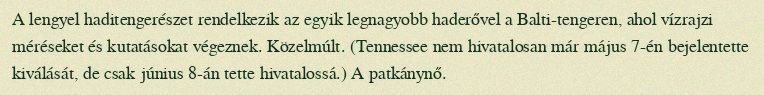
A lengyel haditengerészet rendelkezik az egyik legnagyobb haderővel a Balti-tengeren, ahol vízrajzi méréseket és kutatásokat végeznek. Közelmúlt. (Tennessee nem hivatalosan már május 7-én bejelentette kiválását, de csak június 8-án tette hivatalossá.) A patkánynő.